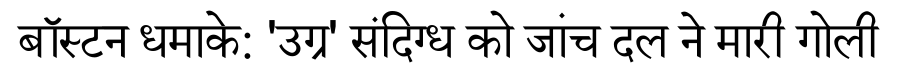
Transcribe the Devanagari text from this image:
बॉस्टन धमाके: 'उग्र' संदिग्ध को जांच दल ने मारी गोली